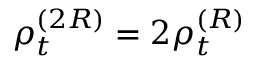
\rho _ { t } ^ { ( 2 R ) } = 2 \rho _ { t } ^ { ( R ) }